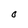
Character: O